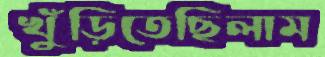
খুঁড়িতেছিলাম